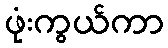
ဖုံးကွယ်ကာ